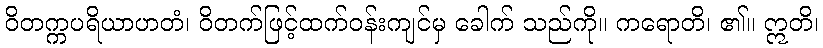
ဝိတက္ကပရိယာဟတံ၊ ဝိတက်ဖြင့်ထက်ဝန်းကျင်မှ ခေါက် သည်ကို။ ကရောတိ၊ ၏။ ဣတိ၊